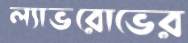
ল্যাভরোভের